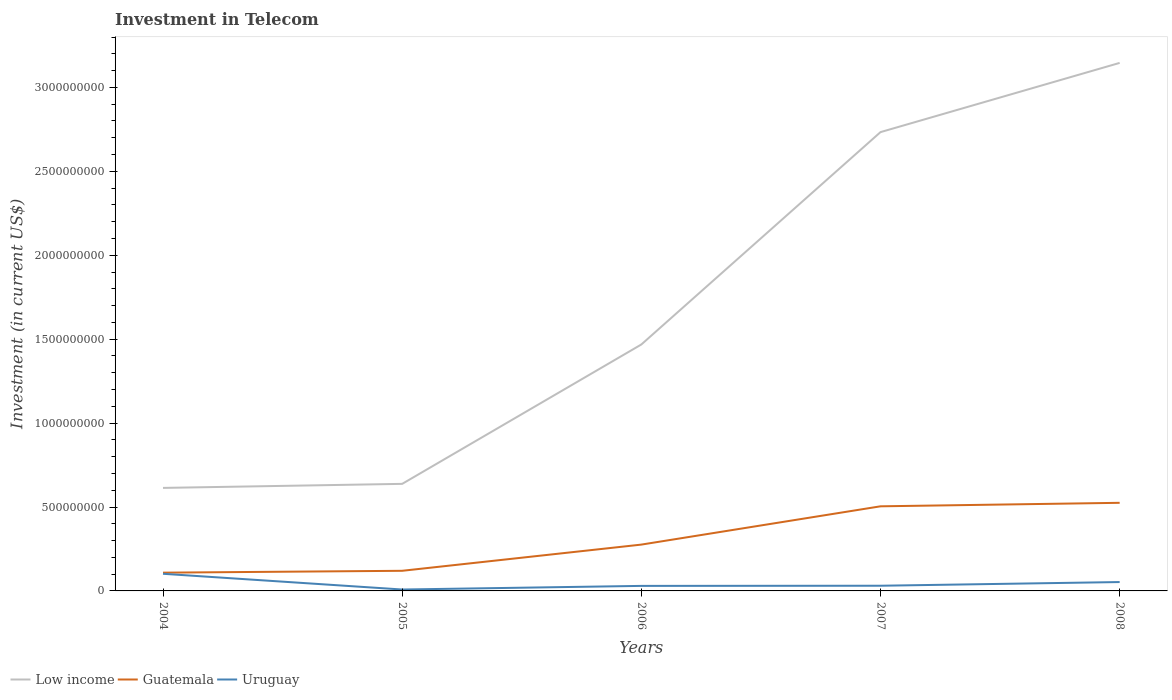
| Years | Low income | Guatemala | Uruguay |
 | --- | --- | --- | --- |
 | 2004 | 6.14e+08 | 1.09e+08 | 1.02e+08 |
 | 2005 | 6.38e+08 | 1.2e+08 | 8.4e+06 |
 | 2006 | 1.47e+09 | 2.76e+08 | 3e+07 |
 | 2007 | 2.73e+09 | 5.04e+08 | 3.09e+07 |
 | 2008 | 3.15e+09 | 5.25e+08 | 5.29e+07 |